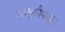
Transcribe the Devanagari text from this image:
वाहतूकींपासून